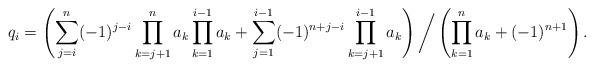
LaTeX: \begin{align*}q_i = \left(\sum \limits_{j=i}^{n}(-1)^{j-i}\prod\limits_{k=j+1}^{n}a_k\prod\limits_{k=1}^{i-1}a_k + \sum\limits_{j=1}^{i-1}(-1)^{n+j-i}\prod\limits_{k=j+1}^{i-1}a_k\right)\bigg/\left(\prod\limits_{k=1}^n a_k+(-1)^{n+1}\right).\end{align*}